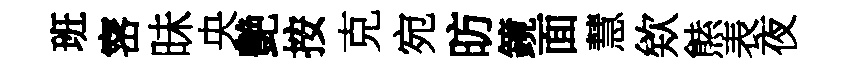
班宻昧央艶按克宛昉鏡面慧欸㷱表夜